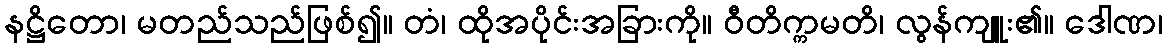
နဋ္ဌိတော၊ မတည်သည်ဖြစ်၍။ တံ၊ ထိုအပိုင်းအခြားကို။ ဝီတိက္ကမတိ၊ လွန်ကျူး၏။ ဒေါဏ၊